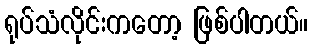
ရုပ်သံလိုင်းကတော့ ဖြစ်ပါတယ်။